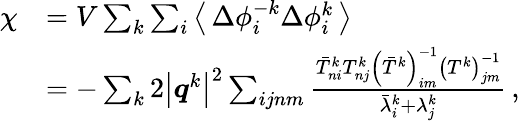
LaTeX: \begin{array}{rl}{\chi}&{=V\sum_{k}\sum_{i}\left\langle\, \Delta\phi_{i}^{-k}\Delta\phi_{i}^{k}\, \right\rangle}\\ &{=-\sum_{k}2\left\vert\boldsymbol{q}^{k}\right\vert^{2}\sum_{ijnm}\frac{\bar{T}_{ni}^{k}T_{nj}^{k}\left(\bar{T}^{k}\right)_{im}^{-1}\left(T^{k}\right)_{jm}^{-1}}{\bar{\lambda}_{i}^{k}+\lambda_{j}^{k}}\, ,}\end{array}